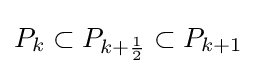
P_{k}\subset P_{k+{\frac {1}{2}}}\subset P_{k+1}